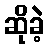
ဆိုခဲ့